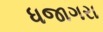
ધજાગરા